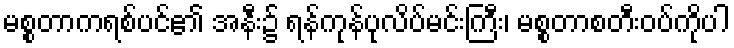
မစ္စတာကရစ်ပင်၏ အနီး၌ ရန်ကုန်ပုလိပ်မင်းကြီး၊ မစ္စတာစတီးဝပ်ကိုပါ